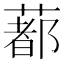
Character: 𦺥